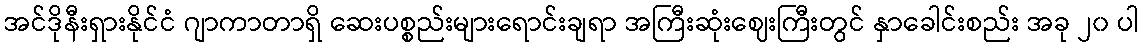
အင်ဒိုနီးရှားနိုင်ငံ ဂျာကာတာရှိ ဆေးပစ္စည်းများရောင်းချရာ အကြီးဆုံးဈေးကြီးတွင် နှာခေါင်းစည်း အခု ၂၀ ပါ